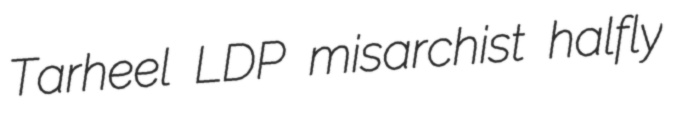
Tarheel LDP misarchist halfly